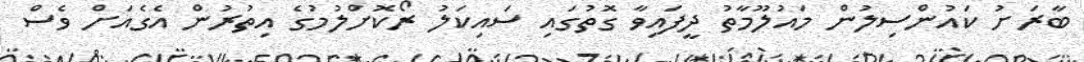
ބާރަށު ކައުންސިލުން މައުލޫމާތު ދީފައިވާ ގޮތުގައި ސައިކަލު ރޯކޮށްލުމުގެ އިތުރުން އެގެއަށް ވެސް